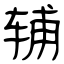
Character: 辅